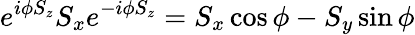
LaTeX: e^{i\phi S_{z}}S_{x}e^{-i\phi S_{z}}=S_{x}\cos\phi-S_{y}\sin\phi